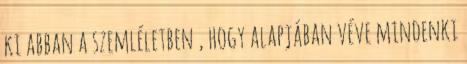
ki abban a szemléletben , hogy alapjában véve mindenki